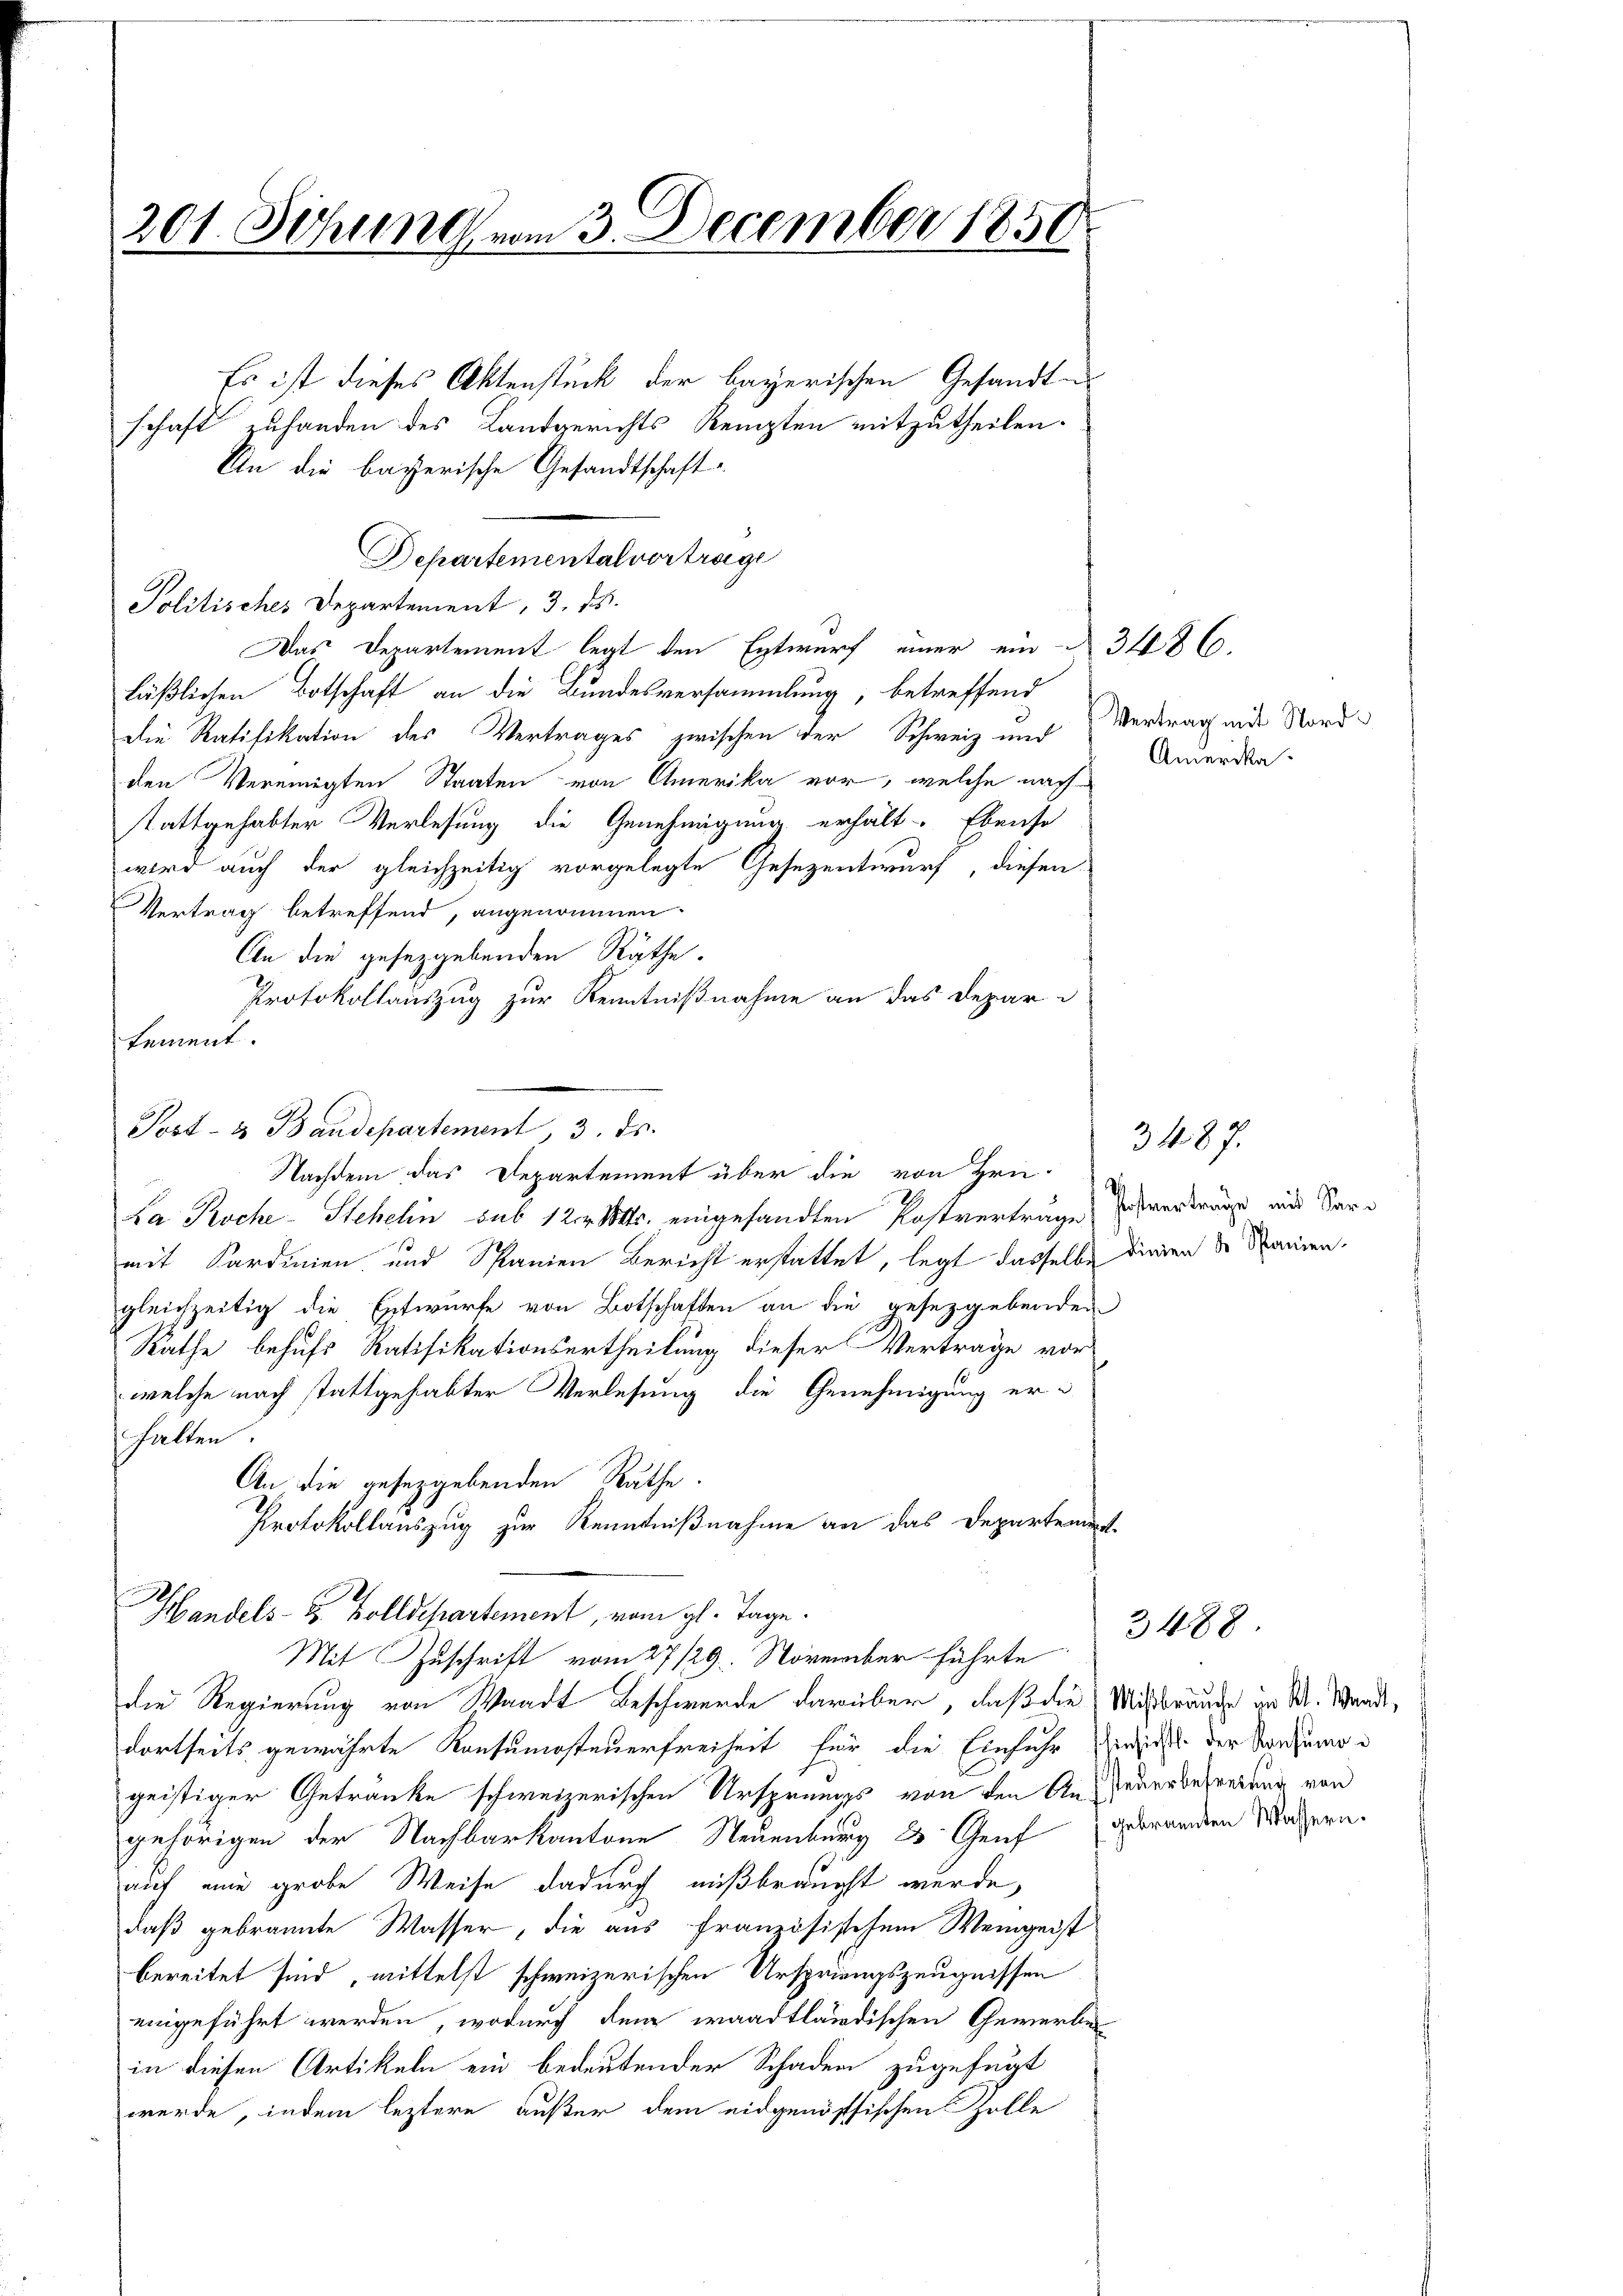
201. Sitzung vom 3. December 1850

Es ist dieses Aktenstück der bayerischen Gesandte
schaft zufanden des Landgerichts Kempten mitzutheilen.
An die bayerische Gesandtschaft
Departementalvortrage
Politisches Departement, 3. ds.
Das Departement legt den Entwurf einer ein § 3486.
läßlichen Botschaft an die Bundesversammlung, betreffend
Die Ratifikation des Vertrages zwischen der Schweiz und Vertrag mit Nordden Vereinigten Staaten von Amerika vor, welche nach
stattgehabter Verlesung die Genehmigung erhält. Ebenso
wird auch der gleichzeitig vorgelegte Gesezentwurf, diesen
Vertrag betreffend, angenommen.
An die gesetzgebenden Räthe.
Protokollauszug zur Kenntnißnahme an das Departement.
Post- & Baudepartement, 3. ds.
Nachdem das Departement über die von Hrn.
Da Koche - Stehelin sub 12 Mts. eingesandten Postverträge, so verträge aus Sarmit Sardinien und Spanien Bericht erstattet, legt dasselbe diesen der Manien-
gleichzeitig die Entwurfe von Botschaften an die gesetzgebenden
Rathe behufs Ratifikationsurtheilung dieser Vertrage vor
welche nach stattgehabter Verlesung die Genehmigung erhalten
An die gesetzgebenden Rathe.
Protokollauszug zur Kenntnißnahme an das Departement

Handels- & Zolldepartement, vom gl. Tage.
Mit Zuschrift vom 27/29. November führte

die Regierung von Waadt Beschwerde darüber, daß die Missbräuche in M. Wande,
dortseits gewährte Konsumosteuerfreiheit für die Einfuhr insicht der Tanzunge
geistiger Getränke schweizerischen Ursprungs von den An- Jederbefreiung von
gehörigen der Nachbarkantone Neuenburg 3 Genf gebranden Matern.
auf eine grobe Weise dadurch mißbraucht wurde,
daß gebrannte Wasser, die aus französischem Weingeist
bereitet sind, mittelst schweizerischen Ursprungszeugnissen
eingeführt werden, wodurch dem waadtländischen Gewerbes
in diesen Artikeln ein bedeutender Schaden zugefügt
werde, indem leztere außer dem eidgenössischen Zolle

Amerika¬

3487.

3488